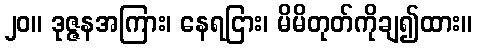
၂၀။ ဒုဇ္ဇနအကြား၊ နေရငြား၊ မိမိတုတ်ကိုချ၍ထား။